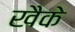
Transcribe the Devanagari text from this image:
खैके